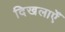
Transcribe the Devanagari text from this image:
दिखलाएँ